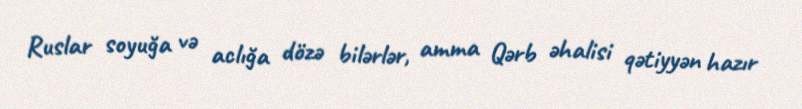
Ruslar soyuğa və aclığa dözə bilərlər, amma Qərb əhalisi qətiyyən hazır